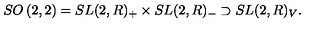
{ S O } \left( 2 , 2 \right) = { S L } ( 2 , R ) _ { + } \times { S L } ( 2 , R ) _ { - } \supset { S L } ( 2 , R ) _ { V } .